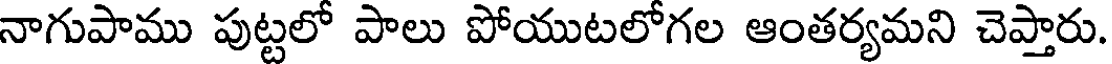
నాగుపాము పుట్టలో పాలు పోయుటలోగల ఆంతర్యమని చెప్తారు.